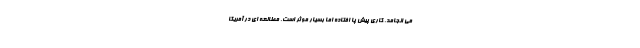
می انجامد. کاری پیش پا افتاده اما بسیار موثر است. مطالعه ای در آمریکا